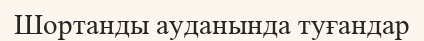
Шортанды ауданында туғандар